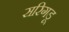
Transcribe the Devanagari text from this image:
सरिगडू